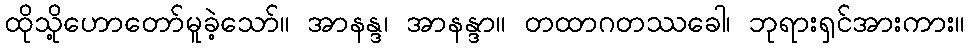
ထိုသို့ဟောတော်မူခဲ့သော်။ အာနန္ဒ၊ အာနန္ဒာ။ တထာဂတဿခေါ၊ ဘုရားရှင်အားကား။